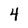
Character: 4